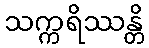
သက္ကရိဿန္တိ